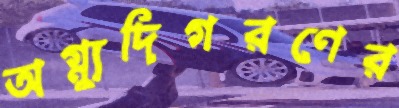
অগ্ন্যুদিগরণের